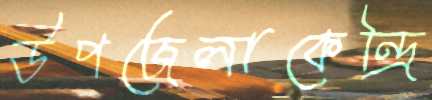
উপজেলাকেন্দ্রি